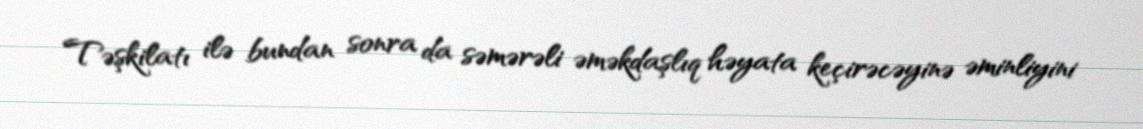
Təşkilatı ilə bundan sonra da səmərəli əməkdaşlıq həyata keçirəcəyinə əminliyini